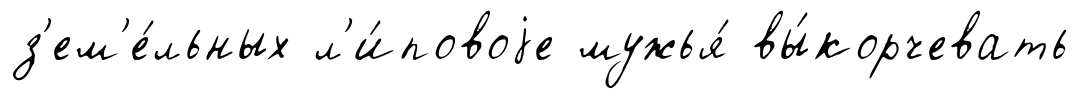
з'ем'е́льных л'и́повоjе мужья́ вы́корчевать